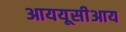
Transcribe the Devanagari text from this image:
आययूसीआय